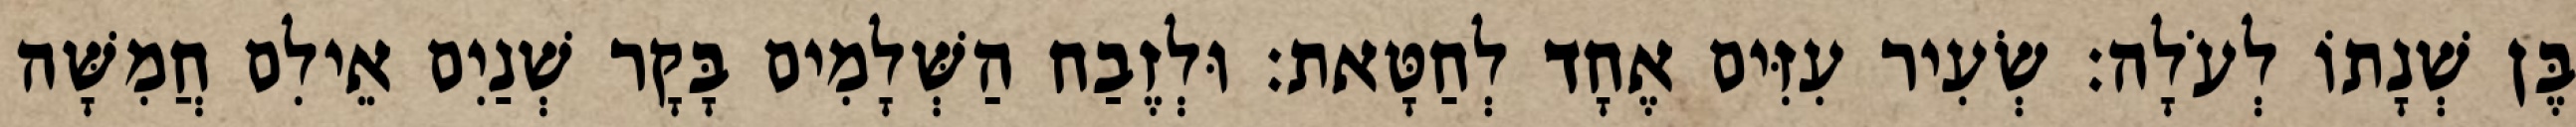
בֶּן שְׁנָתוֹ לְעֹלָה׃ שְׂעִיר עִזִּים אֶחָד לְחַטָּאת׃ וּלְזֶבַח הַשְּׁלָמִים בָּקָר שְׁנַיִם אֵילִם חֲמִשָּׁה